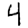
Digit: 4